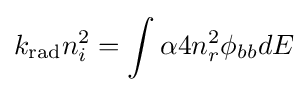
k_{\text{rad}}n_{i}^{2}=\int \alpha 4n_{r}^{2}\phi _{bb}dE